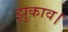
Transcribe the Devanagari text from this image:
झुकाव।